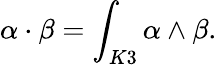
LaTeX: \alpha\cdot\beta=\int_{K3}\alpha\wedge\beta.